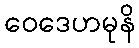
ဝေဒေဟမုနိ